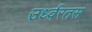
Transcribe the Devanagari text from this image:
उर्ध्वरतस